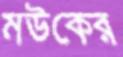
মউকের